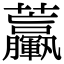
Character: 𧆃